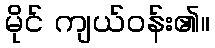
မိုင် ကျယ်ဝန်း၏။